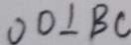
O D \bot B C